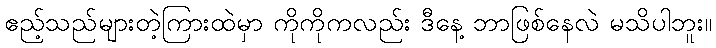
ဧည့်သည်များတဲ့ကြားထဲမှာ ကိုကိုကလည်း ဒီနေ့ ဘာဖြစ်နေလဲ မသိပါဘူး။